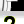
Digit: 2